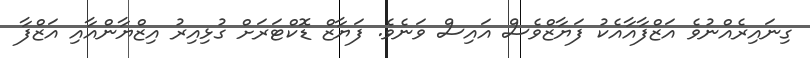
ގިނައިރެއްނުވެ އަޒްފާއާއެކު ފަޔާޒްވެސް އައިސް ވަނެވެ. ފަޔާޒް ޑޮކްޓަރަށް ގުޅިއިރު އިޒްޔާންއާއި އަޒްފާ